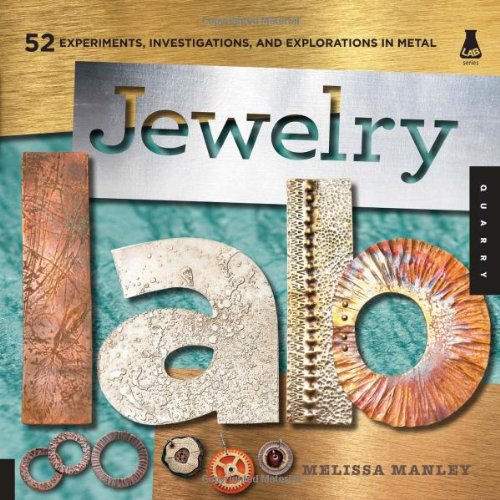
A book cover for Jewelry Lab: 52 Experiments, Investigations, and Explorations in Metal (Lab Series); Melissa Manley; Crafts, Hobbies & Home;